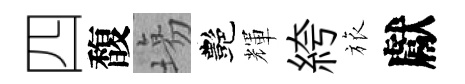
四馥塲艷輝絝旅獻